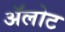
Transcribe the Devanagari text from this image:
ॲलोट